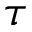
\tau